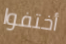
أختفوا